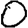
Digit: 0